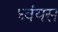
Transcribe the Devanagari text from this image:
ध्वंयस